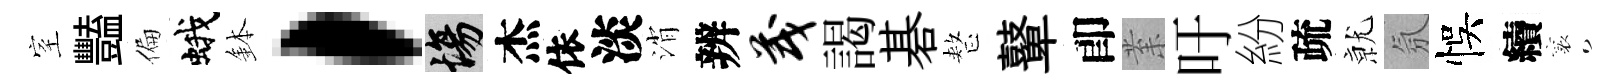
室豔偏蛾鉢，場杰依淡消辨茂謁碁整鼙卽𭪙吁紛疏𭕒氛悞續襄